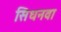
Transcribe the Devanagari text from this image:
सिधनवा